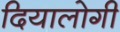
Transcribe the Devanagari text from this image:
दियालोगी